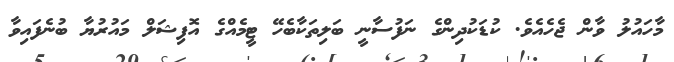
މާހައުލު ވާން ޖެހެއެވެ. ކުޑަކުދިންގެ ނަފުސާނީ ބަލިތަކާބެހޭ ޓީމެއްގެ އޮފިޝަލް މައުރުޔާ ބުނެފައިވާ